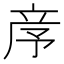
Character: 𥩧